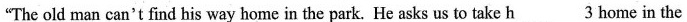
"The old man can't find his way home in the park. He asks us to take h\underline{3}home in the